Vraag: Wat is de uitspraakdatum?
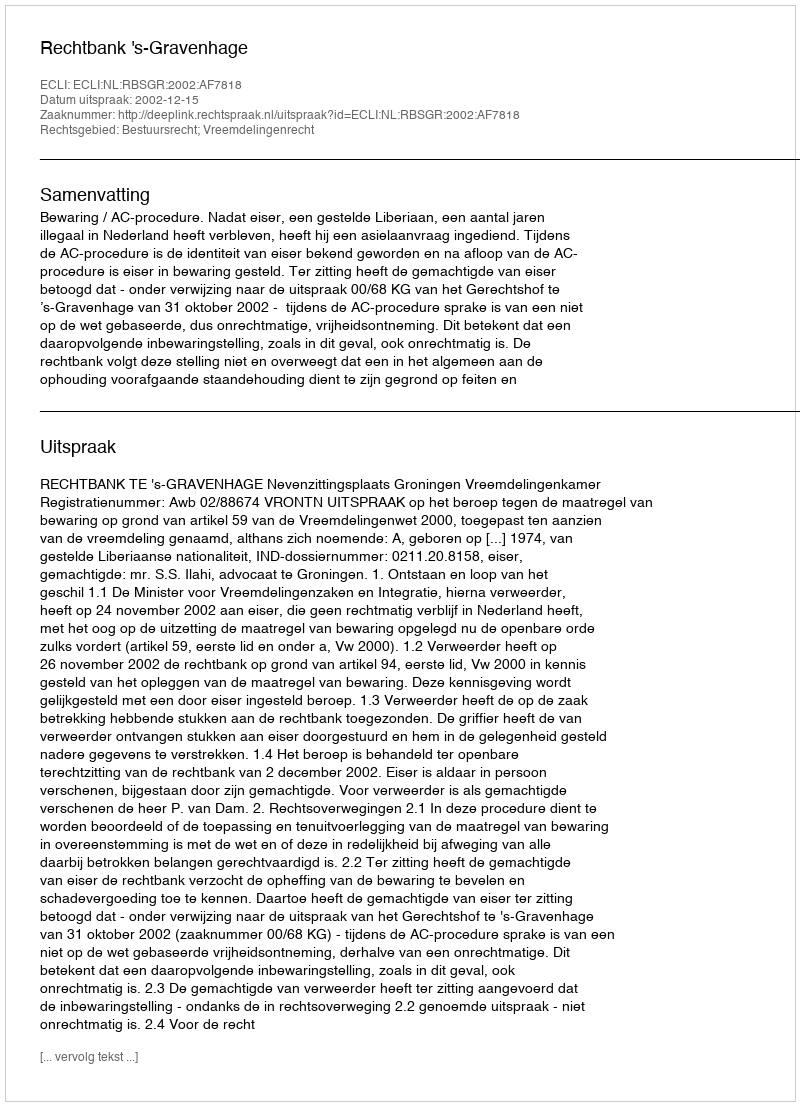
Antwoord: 2002-12-15